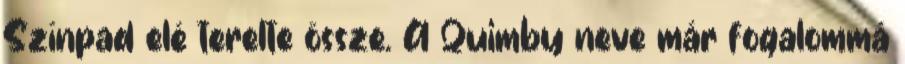
Színpad elé terelte össze. A Quimby neve már fogalommá